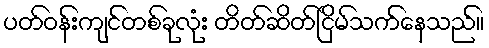
ပတ်ဝန်းကျင်တစ်ခုလုံး တိတ်ဆိတ်ငြိမ်သက်နေသည်။